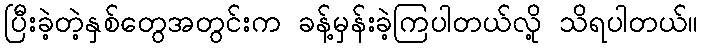
ပြီးခဲ့တဲ့နှစ်တွေအတွင်းက ခန့်မှန်းခဲ့ကြပါတယ်လို့ သိရပါတယ်။